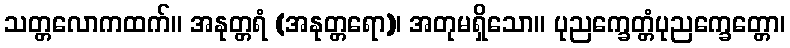
သတ္တလောကထက်။ အနုတ္တရံ (အနုတ္တရော)၊ အတုမရှိသော။ ပုညက္ခေတ္တံပုညက္ခေတ္တော၊